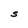
Character: S